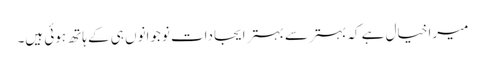
میرا خیال ہے کہ بہتر سے بہتر ایجادات نوجوانوں ہی کے ہاتھ ہوئی ہیں۔